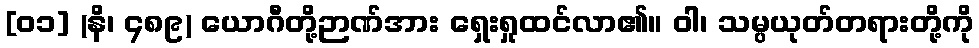
[၀၁] (နိ၊ ၄၈၉) ယောဂီတို့ဉာဏ်အား ရှေးရှုထင်လာ၏။ ဝါ၊ သမ္ပယုတ်တရားတို့ကို